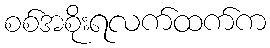
စစ်အစိုးရလက်ထက်က